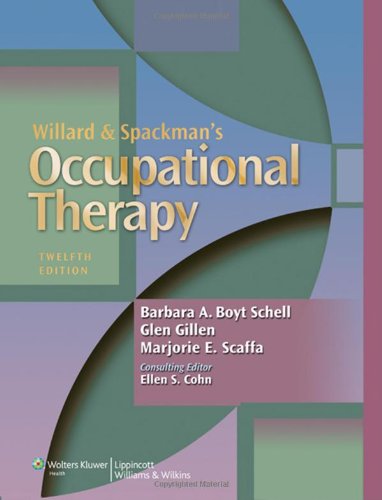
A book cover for Willard and Spackman's Occupational Therapy; Barbara A. Boyt Schell; Medical Books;